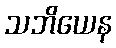
သဘိယေန